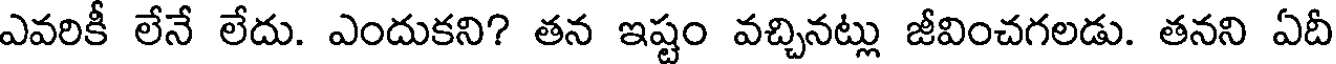
ఎవరికీ లేనే లేదు. ఎందుకని? తన ఇష్టం వచ్చినట్లు జీవించగలడు. తనని ఏదీ